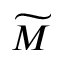
\widetilde { M }